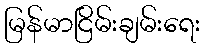
မြန်မာငြိမ်းချမ်းရေး